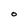
Character: o